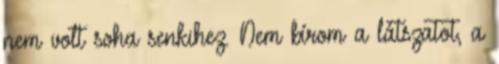
nem volt soha senkihez. Nem bírom a látszatot, a